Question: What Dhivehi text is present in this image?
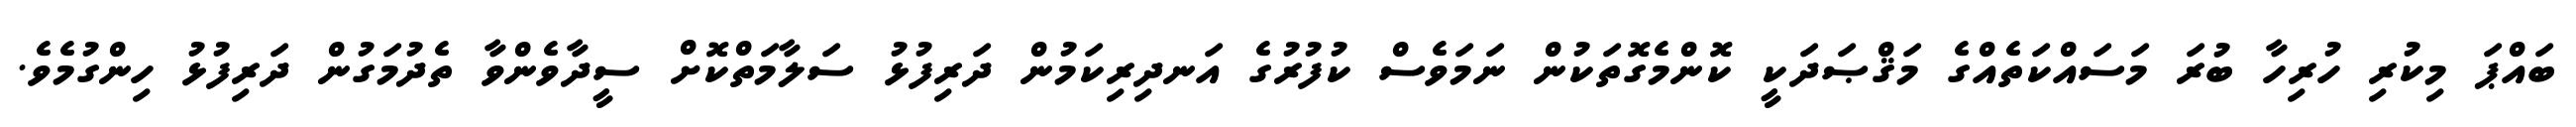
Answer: ބައްޕަ މިކުރި ހުރިހާ ބުރަ މަސައްކަތެއްގެ މަޤްޞަދަކީ ކޮންމެގޮތަކުން ނަމަވެސް ކުފުރުގެ އަނދިރިކަމުން ދަރިފުޅު ސަލާމަތްކޮށް ސީދާވެންވާ ތެދުމަގުން ދަރިފުޅު ހިންގުމެވެ.